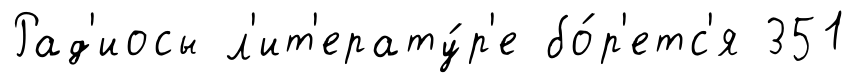
Рад'иосы л'ит'ерату́р'е бо́р'етс'я 351